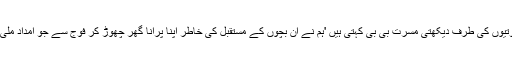
پاس کھیلتے اپنے پوتے اور پوتیوں کی طرف دیکھتی مسرت بی بی کہتی ہیں 'ہم نے ان بچوں کے مستقبل کی خاطر اپنا پرانا گھر چھوڑ کر فوج سے جو امداد ملی تھی اس سے یہ گھر بنایا تھا۔